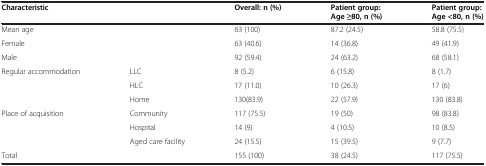
| <COLSPAN=2> Characteristic | Overall: n (%) | Patient group: Age ≥80, n (%) | Patient group: Age <80, n (%) |
 | --- | --- | --- | --- | --- |
 | <COLSPAN=2> Mean age | 63 (100) | 87.2 (24.5) | 58.8 (75.5) |
 | <COLSPAN=2> Female | 63 (40.6) | 14 (36.8) | 49 (41.9) |
 | <COLSPAN=2> Male | 92 (59.4) | 24 (63.2) | 68 (58.1) |
 | <ROWSPAN=3> Regular accommodation | LLC | 8 (5.2) | 6 (15.8) | 8 (1.7) |
 | HLC | 17 (11.0) | 10 (26.3) | 17 (6) |
 | Home | 130(83.9) | 22 (57.9) | 130 (83.8) |
 | <ROWSPAN=3> Place of acquisition | Community | 117 (75.5) | 19 (50) | 98 (83.8) |
 | Hospital | 14 (9) | 4 (10.5) | 10 (8.5) |
 | Aged care facility | 24 (15.5) | 15 (39.5) | 9 (7.7) |
 | <COLSPAN=2> Total | 155 (100) | 38 (24.5) | 117 (75.5) |